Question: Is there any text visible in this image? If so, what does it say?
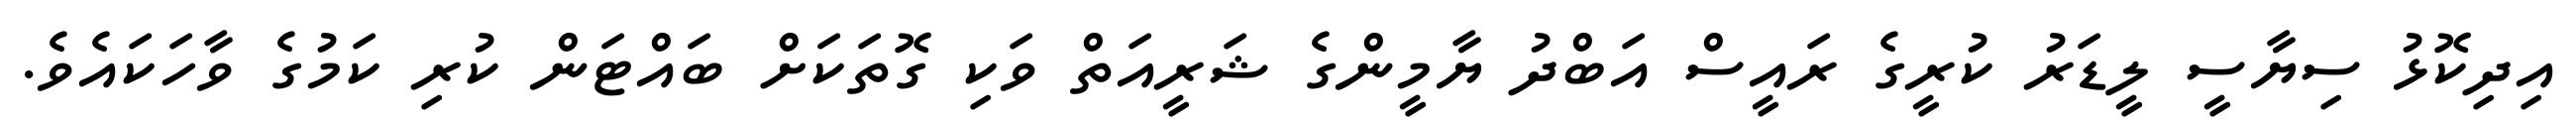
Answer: އިދިކޮޅު ސިޔާސީ ލީޑަރު ކުރީގެ ރައީސް އަބްދު ޔާމީންގެ ޝަރީއަތް ވަކި ގޮތަކަށް ބައްޓަން ކުރި ކަމުގެ ވާހަކައެވެ.